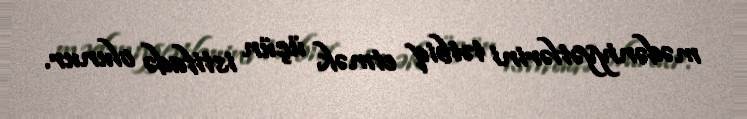
mədəniyyətlərini tətbiq etmək üçün istifadə olunur.